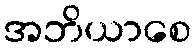
အဘိယာစေ